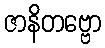
ဇာနိတဗ္ဗော